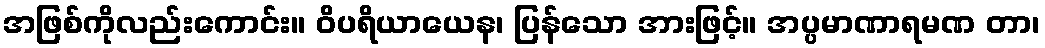
အဖြစ်ကိုလည်းကောင်း။ ဝိပရိယာယေန၊ ပြန်သော အားဖြင့်။ အပ္ပမာဏာရမဏ တာ၊